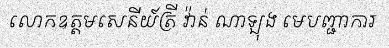
លោកឧត្តមសេនីយ៍ត្រី វ៉ាន់ ណាឡុង មេបញ្ជាការ